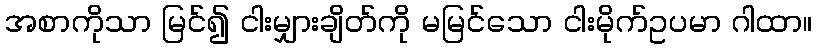
အစာကိုသာ မြင်၍ ငါးမျှားချိတ်ကို မမြင်သော ငါးမိုက်ဥပမာ ဂါထာ။